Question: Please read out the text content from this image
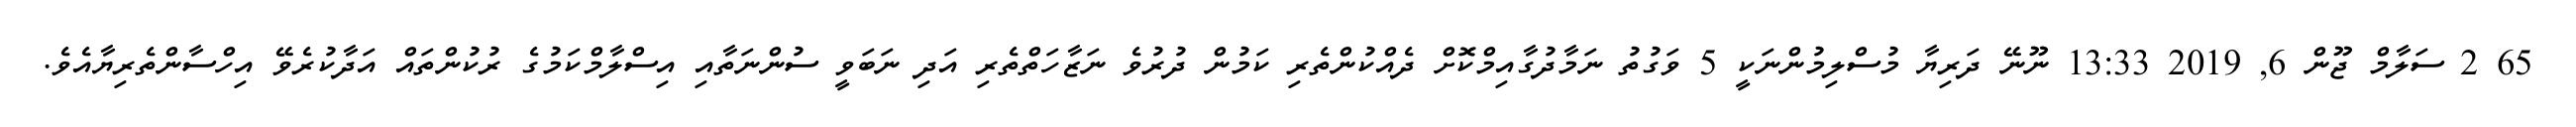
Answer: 65 2 ސަލާމް ޖޫން 6, 2019 13:33 ނޫނޭ ދަރިޔާ މުސްލިމުންނަކީ 5 ވަގުތު ނަމާދުގާއިމްކޮށް ދެއްކުންތެރި ކަމުން ދުރުވެ ނަޒާހަތްތެރި އަދި ނަބަވީ ސުންނަތާއި އިސްލާމްކަމުގެ ރުކުންތައް އަދާކުރެވޭ އިހްސާންތެރިޔާއެވެ.